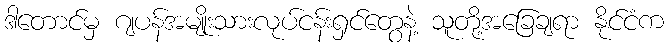
ဒါတောင်မှ ဂျပန်အမျိုးသားလုပ်ငန်းရှင်တွေနဲ့ သူတို့အခြေချရာ နိုင်ငံက